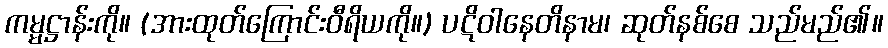
ကမ္မဋ္ဌာန်းကို။ (အားထုတ်ကြောင်းဝီရိယကို။) ပဋိဝါနေတိနာမ၊ ဆုတ်နစ်စေ သည်မည်၏။